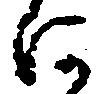
河